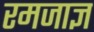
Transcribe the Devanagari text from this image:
रमजाज्ञ